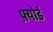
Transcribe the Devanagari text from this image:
फ़्योर्ड